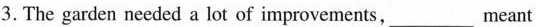
3. The garden needed a lot of improvements, ___ meant